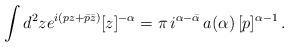
LaTeX: \begin{align*}\int d^2 z e^{i(pz+\bar p\bar z)}[z]^{-\alpha}=\pi\, i^{\alpha-\bar\alpha}\, a(\alpha)\,{[p]^{\alpha-1}}\,.\end{align*}